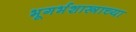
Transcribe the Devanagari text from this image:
भूगर्भशास्त्राच्या